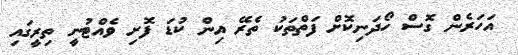
އަހަރެން ގޮސް ހޯދަނިކޮށް ފަތްތަކު ތެރޭ އިން ކުޑަ ފޮށި ވެއްޓުނީ ތިރީގައި